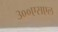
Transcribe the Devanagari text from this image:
३००एसएल